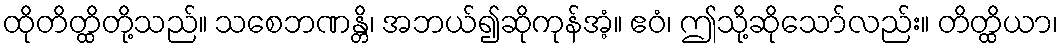
ထိုတိတ္ထိတို့သည်။ သစေဘဏန္တိ၊ အဘယ်၍ဆိုကုန်အံ့။ ဧဝံ၊ ဤသို့ဆိုသော်လည်း။ တိတ္ထိယာ၊